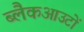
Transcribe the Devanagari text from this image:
ब्लैकआउटों